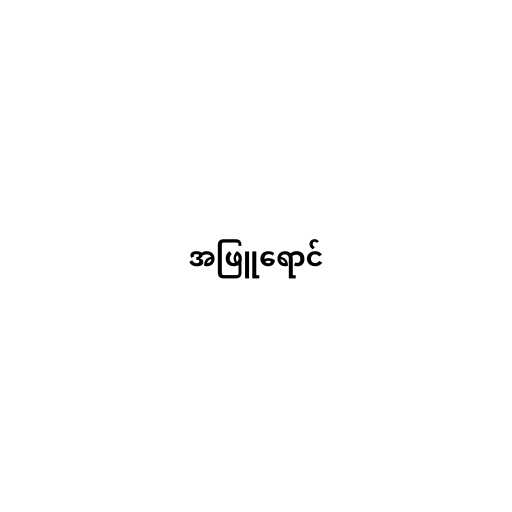
အဖြူရောင်